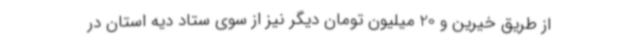
از طریق خیرین و 20 میلیون تومان دیگر نیز از سوی ستاد دیه استان در